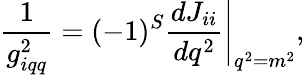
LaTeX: {\frac{1}{g_{iqq}^{2}}}=\left.(-1)^{S}\frac{dJ_{ii}}{dq^{2}}\right|_{q^{2}=m^{2}},